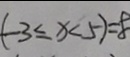
( - 3 \leq x < 5 ) = 8